Indian journal of veterinary science and animal husbandry - Volume 2,
Year: 1932
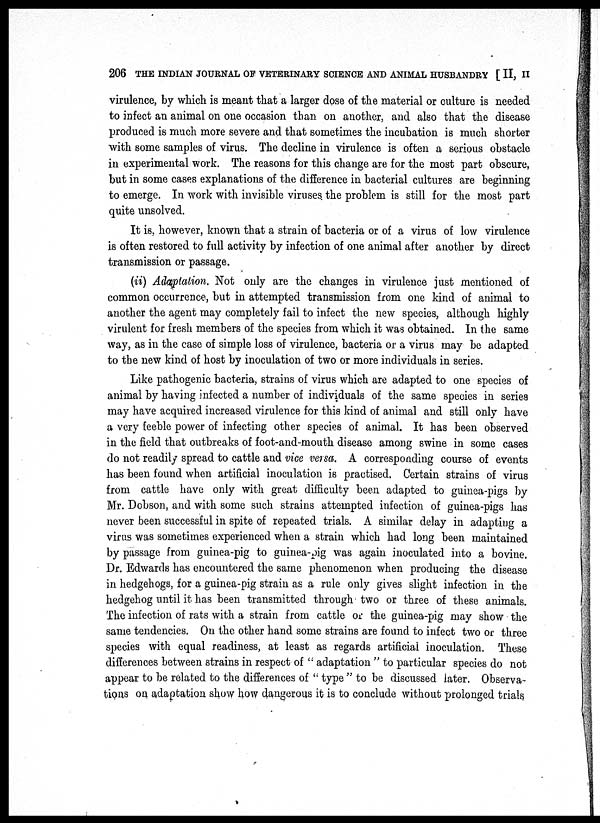
206 THE INDIAN JOURNAL OF VETERINARY SCIENCE AND ANIMAL HUSBANDRY [ II, II
virulence, by which is meant that a larger dose of the material or culture is needed
to infect an animal on one occasion than on another, and also that the disease
produced is much more severe and that sometimes the incubation is much shorter
with some samples of virus. The decline in virulence is often a serious obstacle
in experimental work. The reasons for this change are for the most part obscure,
but in some cases explanations of the difference in bacterial cultures are beginning
to emerge. In work with invisible viruses the problem is still for the most part
quite unsolved.
It is, however, known that a strain of bacteria or of a virus of low virulence
is often restored to full activity by infection of one animal after another by direct
transmission or passage.
(ii) Adaptation. Not only are the changes in virulence just mentioned of
common occurrence, but in attempted transmission from one kind of animal to
another the agent may completely fail to infect the new species, although highly
virulent for fresh members of the species from which it was obtained. In the same
way, as in the case of simple loss of virulence, bacteria or a virus may be adapted
to the new kind of host by inoculation of two or more individuals in series.
Like pathogenic bacteria, strains of virus which are adapted to one species of
animal by having infected a number of individuals of the same species in series
may have acquired increased virulence for this kind of animal and still only have
a very feeble power of infecting other species of animal. It has been observed
in the field that outbreaks of foot-and-mouth disease among swine in some cases
do not readily spread to cattle and vice versa. A corresponding course of events
has been found when artificial inoculation is practised. Certain strains of virus
from cattle have only with great difficulty been adapted to guinea-pigs by
Mr. Dobson, and with some such strains attempted infection of guinea-pigs has
never been successful in spite of repeated trials. A similar delay in adapting a
virus was sometimes experienced when a strain which had long been maintained
by passage from guinea-pig to guinea-pig was again inoculated into a bovine.
Dr. Edwards has encountered the same phenomenon when producing the disease
in hedgehogs, for a guinea-pig strain as a rule only gives slight infection in the
hedgehog until it has been transmitted through two or three of these animals.
The infection of rats with a strain from cattle or the guinea-pig may show the
same tendencies. On the other hand some strains are found to infect two or three
species with equal readiness, at least as regards artificial inoculation. These
differences between strains in respect of " adaptation " to particular species do not
appear to be related to the differences of " type " to be discussed later. Observa-
tions on adaptation show how dangerous it is to conclude without prolonged trials